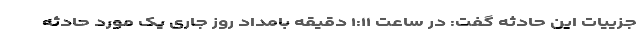
جزییات این حادثه گفت: در ساعت ١:١١ دقیقه بامداد روز جاری یک مورد حادثه